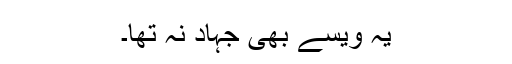
یہ ویسے بھی جہاد نہ تھا۔